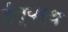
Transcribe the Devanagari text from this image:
ईत्यर्थ